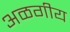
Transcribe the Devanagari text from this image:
अळगीय